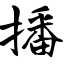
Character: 播